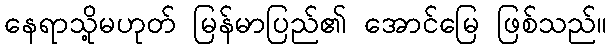
နေရာသို့မဟုတ် မြန်မာပြည်၏ အောင်မြေ ဖြစ်သည်။